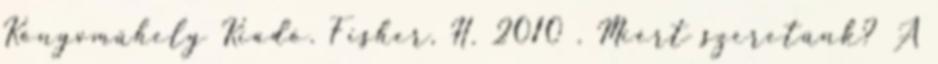
Könyvműhely Kiadó. Fisher, H. 2010 . Miért szeretünk? A